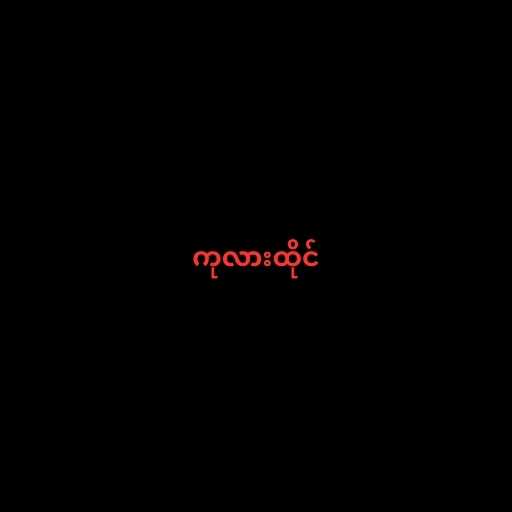
ကုလားထိုင်